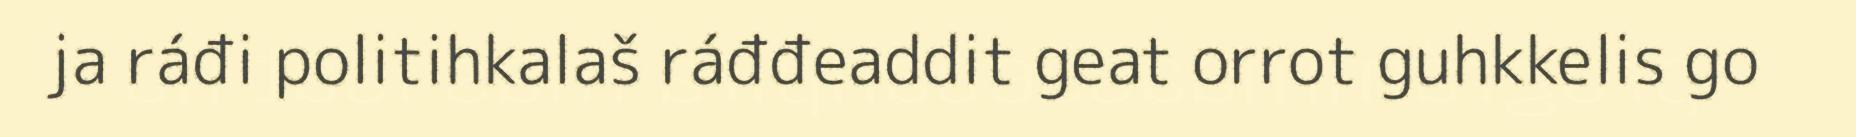
ja ráđi politihkalaš ráđđeaddit geat orrot guhkkelis go